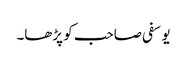
یوسفی صاحب کو پڑھا۔